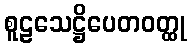
စူဠသေဋ္ဌိပေတဝတ္ထု